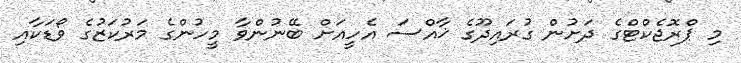
މި ޕްރޮޖެކްޓްގެ ދަށުން ގުރައިދޫގެ ޚާއްސަ އެހީއަށް ބޭނުންވާ މީހުންގެ މަރުކަޒުގެ ވޯޑަކާއި